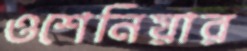
ওশেনিয়ার